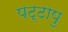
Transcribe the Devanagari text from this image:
पट्टापु